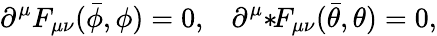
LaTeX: \partial^{\mu}F_{\mu\nu}(\bar{\phi},\phi)=0,\; \; \; \partial^{\mu}{*}\! F_{\mu\nu}(\bar{\theta},\theta)=0,